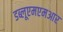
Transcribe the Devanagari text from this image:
डब्लूएमएमआर